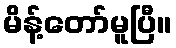
မိန့်တော်မူပြီ။